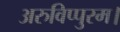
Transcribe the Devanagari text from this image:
अरुविप्पुरम।